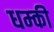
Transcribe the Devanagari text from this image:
धम्की